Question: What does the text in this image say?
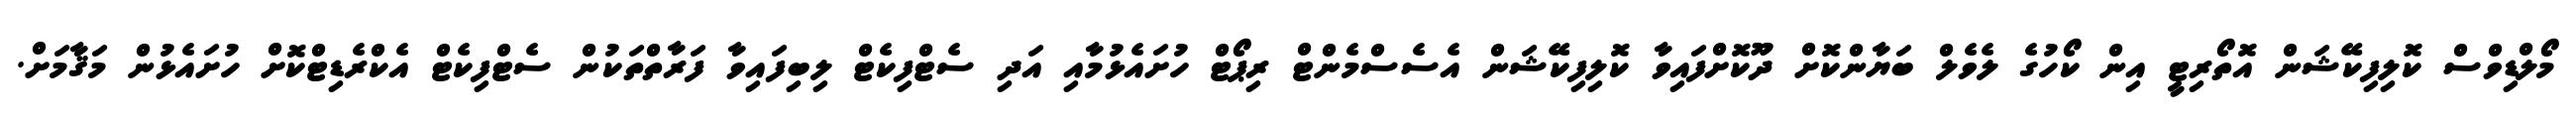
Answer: މޯލްޑިވްސް ކޮލިފިކޭޝަން އޮތޯރިޓީ އިން ކޯހުގެ ލެވެލް ބަޔާންކޮށް ދޫކޮށްފައިވާ ކޮލިފިކޭޝަން އެސެސްމެންޓް ރިޕޯޓް ހުށައެޅުމާއި އަދި ސެޓްފިކެޓް ލިބިފައިވާ ފަރާތްތަކުން ސެޓްފިކެޓް އެކްރެޑިޓްކޮށް ހުށައެޅުން މަޤާމަށް.